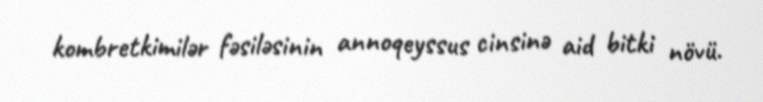
kombretkimilər fəsiləsinin annoqeyssus cinsinə aid bitki növü.